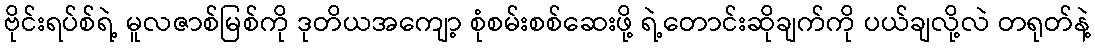
ဗိုင်းရပ်စ်ရဲ့ မူလဇာစ်မြစ်ကို ဒုတိယအကျော့ စုံစမ်းစစ်ဆေးဖို့ ရဲ့တောင်းဆိုချက်ကို ပယ်ချလို့လဲ တရုတ်နဲ့